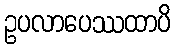
ဥပလာပေဿထာပိ